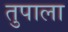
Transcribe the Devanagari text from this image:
तुपाला